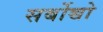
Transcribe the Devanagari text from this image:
सर्बोच्चो